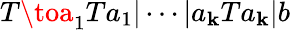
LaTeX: T\toa_{1}Ta_{1}|\cdots|a_{\mathbf{k}}Ta_{\mathbf{k}}|b